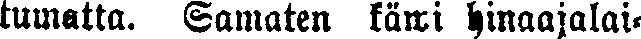
tumatta. Samaten käwi hinaajalai-